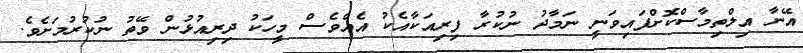
އޭނާ އިލްތިމާސްކޮށްފައިވަނީ ނަމާދު ނުކުރާ ފިރިއަކާއެކު އެއްވެސް މީހަކު ދިރިއުޅުން ވޭތު ނުކުރުމަށެވެ.